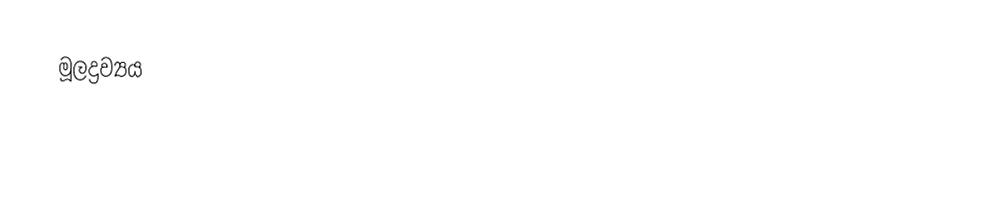
මූලද්‍රව්‍යය